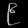
Digit: ၉